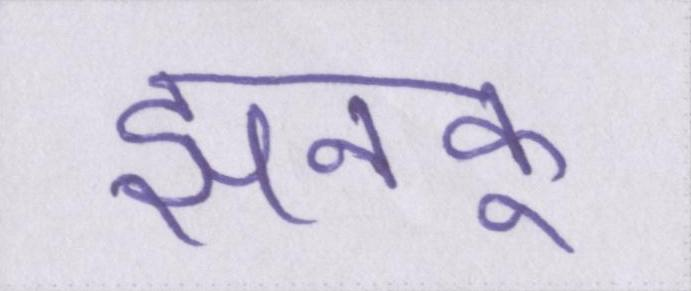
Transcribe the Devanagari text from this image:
झनकू